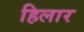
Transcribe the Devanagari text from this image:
हिलार